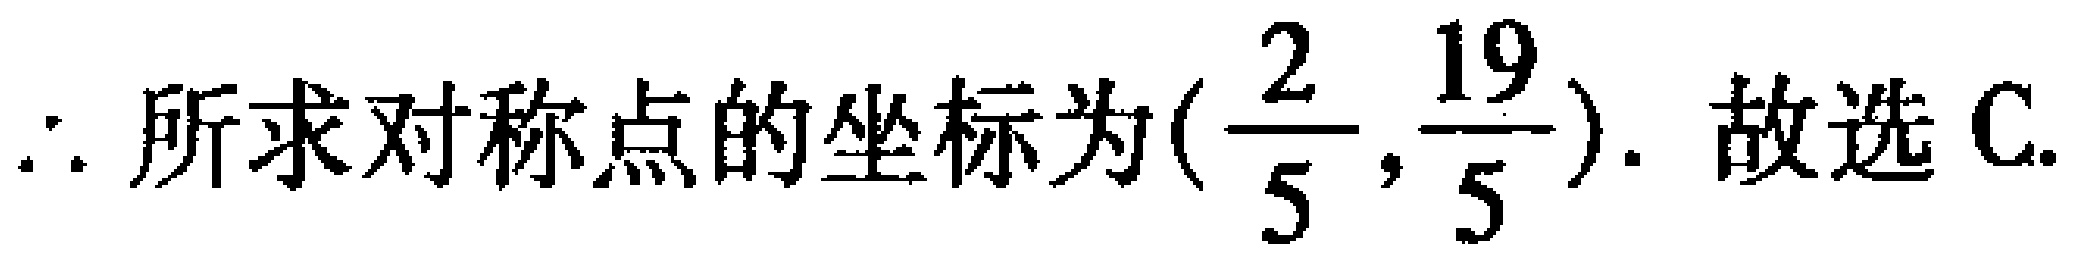
\(\therefore\)所求对称点的坐标为\((\dfrac{2}{5},\dfrac{19}{5})\). 故选C.